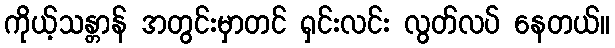
ကိုယ့်သန္တာန် အတွင်းမှာတင် ရှင်းလင်း လွတ်လပ် နေတယ်။